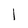
Character: l